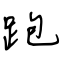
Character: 跑